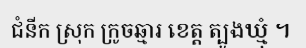
ជំនីក ស្រុក ក្រូចឆ្មារ ខេត្ត ត្បូងឃ្មុំ ។